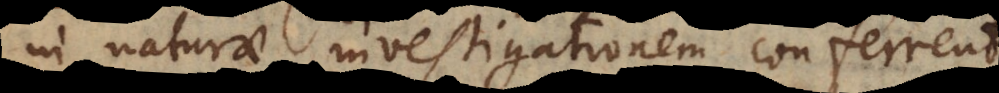
in naturae investigationem conferrent.